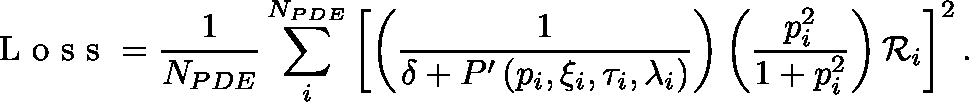
\mathrm { ~ L ~ o ~ s ~ s ~ } = \frac { 1 } { N _ { P D E } } \sum _ { i } ^ { N _ { P D E } } \left[ \left( \frac { 1 } { \delta + P ^ { \prime } \left( p _ { i } , \xi _ { i } , \tau _ { i } , \mathbf { \lambda } _ { i } \right) } \right) \left( \frac { p _ { i } ^ { 2 } } { 1 + p _ { i } ^ { 2 } } \right) \mathcal { R } _ { i } \right] ^ { 2 } .